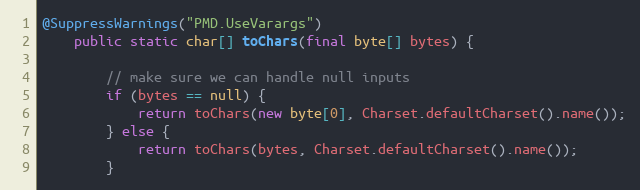
Language: Java
@SuppressWarnings("PMD.UseVarargs")
    public static char[] toChars(final byte[] bytes) {

        // make sure we can handle null inputs
        if (bytes == null) {
            return toChars(new byte[0], Charset.defaultCharset().name());
        } else {
            return toChars(bytes, Charset.defaultCharset().name());
        }